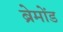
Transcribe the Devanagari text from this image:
ब्रेमोंड